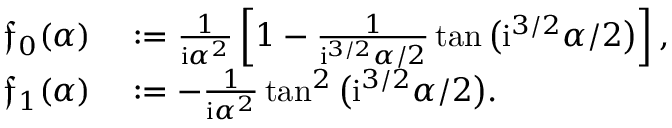
\begin{array} { r l } { \mathfrak { f } _ { 0 } ( { \alpha } ) } & { { } : = \frac { 1 } { \mathrm { i } \alpha ^ { 2 } } \left[ 1 - \frac { 1 } { \mathrm { i } ^ { 3 / 2 } { \alpha } / 2 } \tan \big ( \mathrm { i } ^ { 3 / 2 } { \alpha } / 2 \big ) \right] , } \\ { \mathfrak { f } _ { 1 } ( { \alpha } ) } & { { } : = - \frac { 1 } { \mathrm { i } \alpha ^ { 2 } } \tan ^ { 2 } \big ( \mathrm { i } ^ { 3 / 2 } { \alpha } / 2 \big ) . } \end{array}